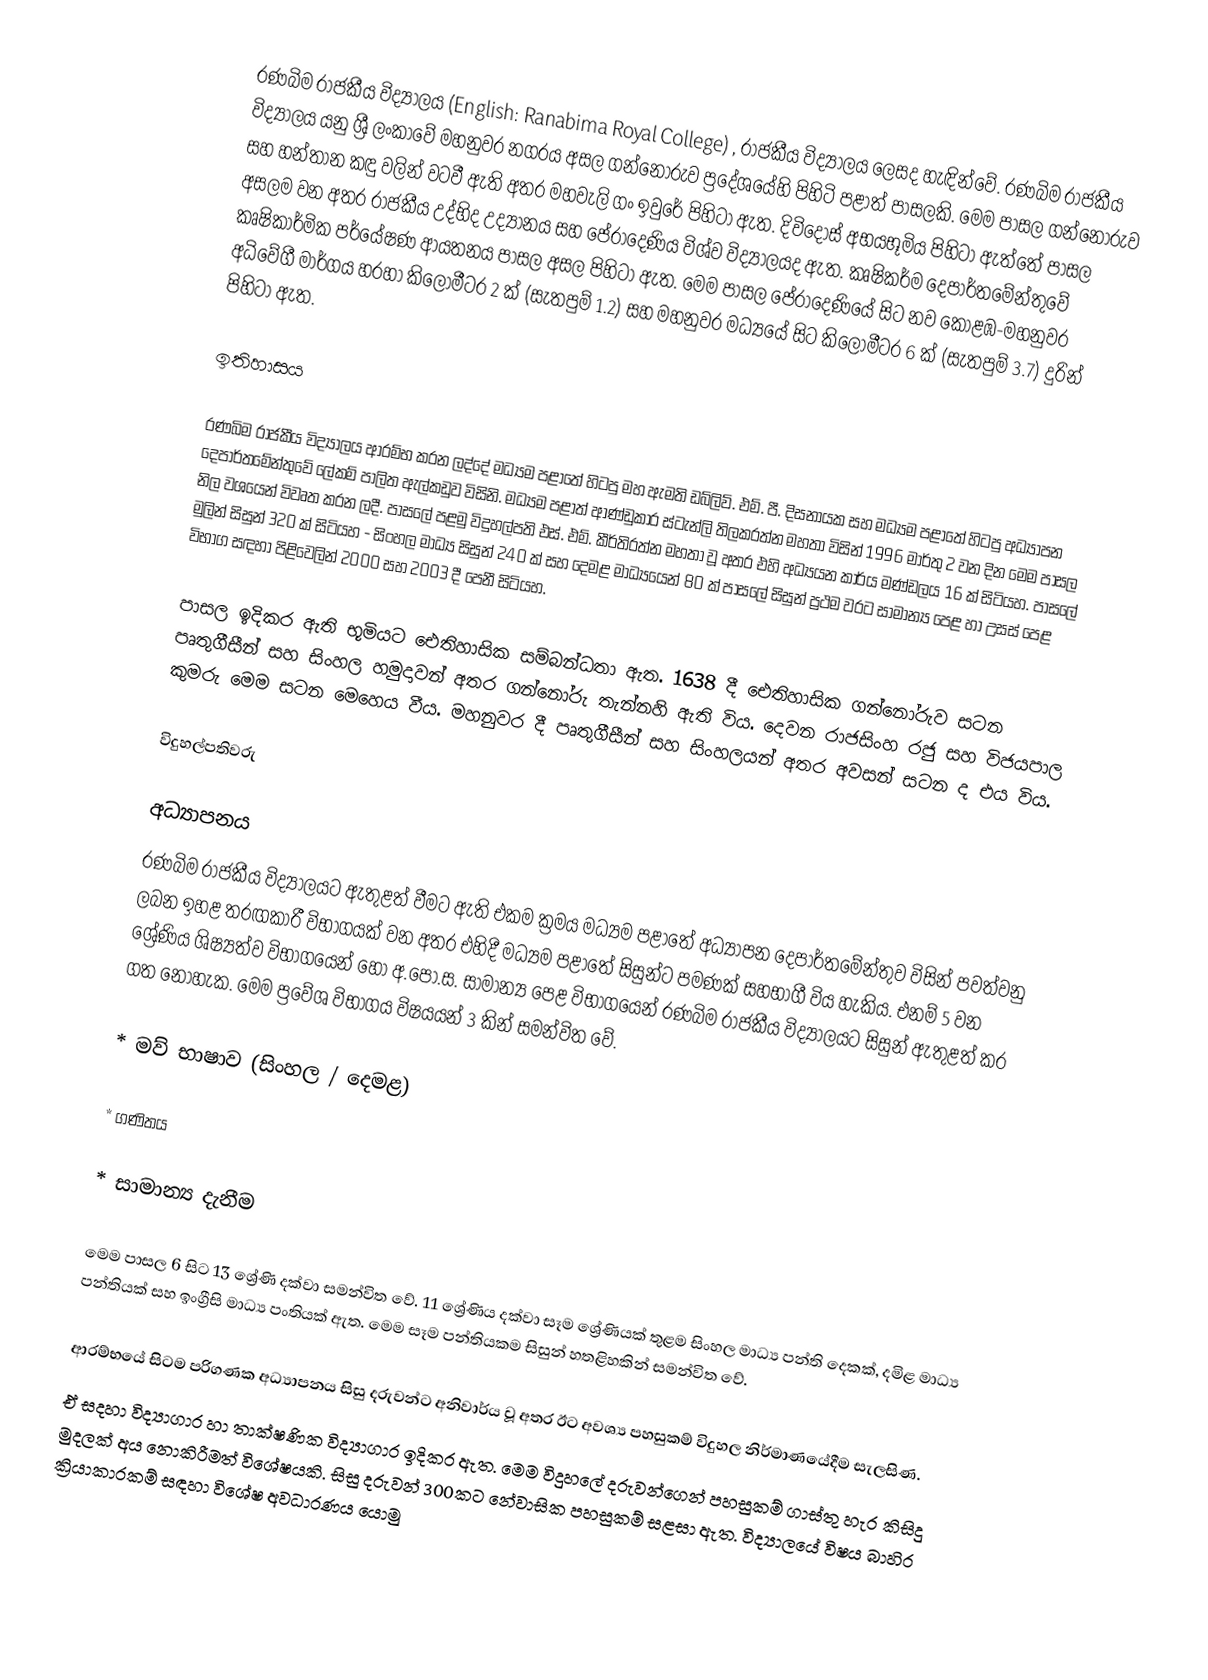
රණබිම රාජකීය විද්‍යාලය (English: Ranabima Royal College) , රාජකීය විද්‍යාලය ලෙසද හැඳින්වේ. රණබිම රාජකීය විද්‍යාලය යනු ශ්‍රී ලංකාවේ මහනුවර නගරය අසල ගන්නෝරුව ප්‍රදේශයේහි පිහිටි පළාත් පාසලකි. මෙම පාසල ගන්නෝරුව සහ හන්තාන කඳු වලින් වටවී ඇති අතර මහවැලි ගං ඉවුරේ පිහිටා ඇත. දිවිදොස් අභයභූමිය පිහිටා ඇත්තේ පාසල අසලම වන අතර රාජකීය උද්භිද උද්‍යානය සහ පේරාදෙණිය විශ්ව විද්‍යාලයද ඇත. කෘෂිකර්ම දෙපාර්තමේන්තුවේ කෘෂිකාර්මික පර්යේෂණ ආයතනය පාසල අසල පිහිටා ඇත. මෙම පාසල පේරාදෙණියේ සිට නව කොළඹ-මහනුවර අධිවේගී මාර්ගය හරහා කිලෝමීටර 2 ක් (සැතපුම් 1.2) සහ මහනුවර මධ්‍යයේ සිට කිලෝමීටර 6 ක් (සැතපුම් 3.7) දුරින් පිහිටා ඇත.

ඉතිහාසය

රණබිම රාජකීය විද්‍යාලය ආරම්භ කරන ලද්දේ මධ්‍යම පළාතේ හිටපු මහ ඇමති ඩබ්ලිව්. එම්. පී. දිසනායක සහ මධ්‍යම පළාතේ හිටපු අධ්‍යාපන දෙපාර්තමේන්තුවේ ලේකම් පාලිත ඇල්කඩුව විසිනි. මධ්‍යම පළාත් ආණ්ඩුකාර ස්ටැන්ලි තිලකරත්න මහතා විසින් 1996 මාර්තු 2 වන දින මෙම පාසල නිල වශයෙන් විවෘත කරන ලදී. පාසලේ පළමු විදුහල්පති එස්. එම්. කීර්තිරත්න මහතා වූ අතර එහි අධ්‍යයන කාර්ය මණ්ඩලය 16 ක් සිටියහ. පාසලේ මුලින් සිසුන් 320 ක් සිටියහ - සිංහල මාධ්‍ය සිසුන් 240 ක් සහ දෙමළ මාධ්‍යයෙන් 80 ක් පාසලේ සිසුන් ප්‍රථම වරට සාමාන්‍ය පෙළ හා උසස් පෙළ විභාග සඳහා පිළිවෙලින් 2000 සහ 2003 දී පෙනී සිටියහ.

පාසල ඉදිකර ඇති භූමියට ඓතිහාසික සම්බන්ධතා ඇත. 1638 දී ඓතිහාසික ගන්නෝරුව සටන පෘතුගීසීන් සහ සිංහල හමුදාවන් අතර ගන්නෝරු තැන්නහි ඇති විය. දෙවන රාජසිංහ රජු සහ විජයපාල කුමරු මෙම සටන මෙහෙය වීය. මහනුවර දී පෘතුගීසීන් සහ සිංහලයන් අතර අවසන් සටන ද එය විය.

විදුහල්පතිවරු

අධ්‍යාපනය
රණබිම රාජකීය විද්‍යාලයට ඇතුළත් වීමට ඇති එකම ක්‍රමය මධ්‍යම පළාතේ අධ්‍යාපන දෙපාර්තමේන්තුව විසින් පවත්වනු ලබන ඉහළ තරඟකාරී විභාගයක් වන අතර එහිදී මධ්‍යම පළාතේ සිසුන්ට පමණක් සහභාගී විය හැකිය. එනම් 5 වන ශ්‍රේණිය ශිෂ්‍යත්ව විභාගයෙන් හෝ අ.පො.ස. සාමාන්‍ය පෙළ විභාගයෙන් රණබිම රාජකීය විද්‍යාලයට සිසුන් ඇතුළත් කර ගත නොහැක. මෙම ප්‍රවේශ විභාගය විෂයයන් 3 කින් සමන්විත වේ.

* මව් භාෂාව (සිංහල / දෙමළ)

* ගණිතය

* සාමාන්‍ය දැනීම

මෙම පාසල 6 සිට 13 ශ්‍රේණි දක්වා සමන්විත වේ. 11 ශ්‍රේණිය දක්වා සෑම ශ්‍රේණියක් තුළම සිංහල මාධ්‍ය පන්ති දෙකක්, දමිළ මාධ්‍ය පන්තියක් සහ ඉංග්‍රීසි මාධ්‍ය පංතියක් ඇත. මෙම සෑම පන්තියකම සිසුන් හතළිහකින් සමන්විත වේ.

ආරම්භයේ සිටම පරිගණක අධ්‍යාපනය සිසු දරුවන්ට අනිවාර්ය වූ අතර ඊට අවශ්‍ය පහසුකම් විදුහල නිර්මාණයේදීම සැලසිණ.
ඒ සදහා විද්‍යාගාර හා තාක්ෂණික විද්‍යාගාර ඉදිකර  ඇත. මෙම විදුහලේ දරුවන්ගෙන් පහසුකම් ගාස්තු හැර කිසිදු මුදලක් අය නොකිරීමත් විශේෂයකි. සිසු දරුවන් 300කට නේවාසික පහසුකම් සළසා ඇත. විද්‍යාලයේ විෂය බාහිර ක්‍රියාකාරකම් සඳහා විශේෂ අවධාරණය යොමු